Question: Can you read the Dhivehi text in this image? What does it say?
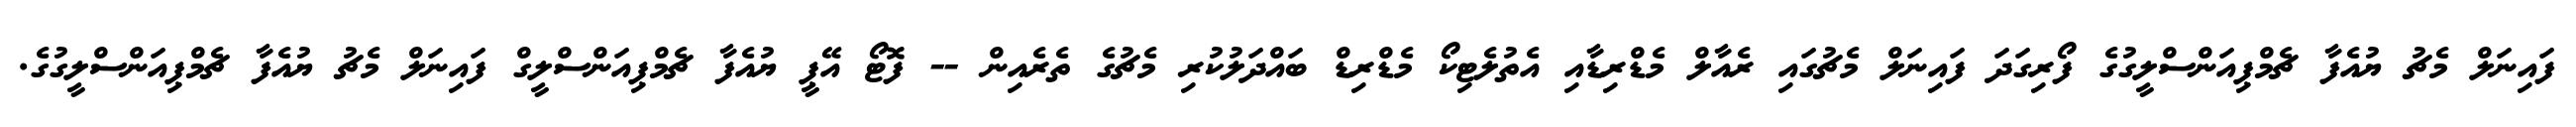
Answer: ފައިނަލް މެޗު ޔުއެފާ ޗެމްޕިއަންސްލީގުގެ ފޯރިގަދަ ފައިނަލް މެޗުގައި ރެއާލް މެޑްރިޑާއި އެތުލެޓިކޯ މެޑްރިޑް ބައްދަލުކުރި މެޗުގެ ތެރެއިން -- ފޮޓޯ އޭޕީ ޔުއެފާ ޗެމްޕިއަންސްލީގް ފައިނަލް މެޗު ޔުއެފާ ޗެމްޕިއަންސްލީގުގެ.